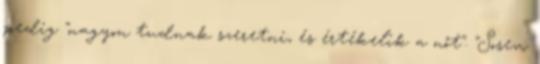
pedig "nagyon tudnak szeretni, és értékelik a nőt". "Sosem